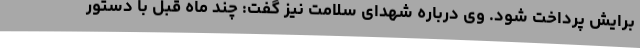
برایش پرداخت شود. وی درباره شهدای سلامت نیز گفت: چند ماه قبل با دستور